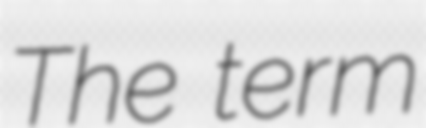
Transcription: The term